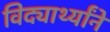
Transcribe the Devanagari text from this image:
विद्यार्थ्यांने